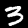
Digit: 3